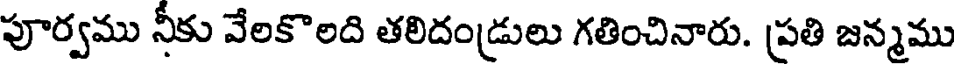
పూర్వము నీకు వేలకొలది తలిదండ్రులు గతించినారు. ప్రతి జన్మము